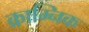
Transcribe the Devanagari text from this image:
क्राम्निक